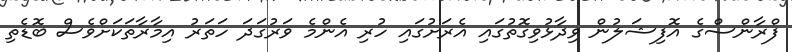
ފްރާންސްގެ އޮފިޝަލުން ވިދާޅުވިގޮތުގައި އެރަަށުގައި ހުރި އެންމެ ވަރުގަދަ ހަތަރު އިމާރާތަކަށްވެސް ބޮޑެތި